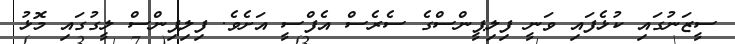
ސީޒަނުގައި ކުޅެފައި ވަނީ ފިލިޕީންސްގެ ސެރެސް އެފްސީީ އަށެވެ. ފިލިޕިންސް ލީގުގައި މޮޅު